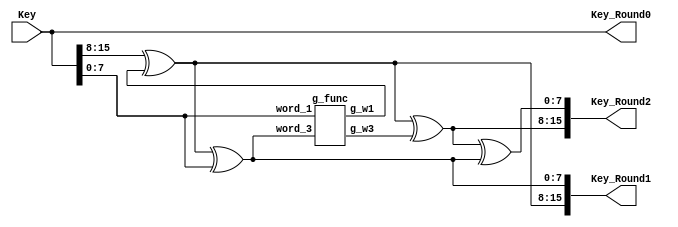
/////////////////////////////////
////////// Key_Expansion ////////
/////////////////////////////////


module Key_Expansion
(
  input      [15:0]    Key          ,

  output reg [15:0]    Key_Round0   ,
  output reg [15:0]    Key_Round1   ,
  output reg [15:0]    Key_Round2   

);

wire [7:0] g_w1   ;
wire [7:0] g_w3   ;

g_func  g_fun_Unit 
( 
  .word_1 (Key[7:0])            ,
  .word_3 (Key_Round1[7:0])     ,
  .g_w1   (g_w1)                ,
  .g_w3   (g_w3)   
);


always@(*)
begin 
 Key_Round0 = Key ;
 Key_Round1 = {Key[15:8]^g_w1 , Key[15:8]^g_w1^Key[7:0]} ;
 Key_Round2 = {Key_Round1[15:8]^g_w3 , Key_Round1[15:8]^g_w3^Key_Round1[7:0]}; 
end

endmodule


/////////////////////////////////
////////// g_Function ///////////
/////////////////////////////////

module g_func
(
  input  [7:0] word_1     ,
  input  [7:0] word_3     ,
  
  output [7:0] g_w1       ,
  output [7:0] g_w3    

);

wire [3:0] S_Box [15:0]    ;

////////// SBOX TABLE ///////////////
assign  S_Box [ 0 ] = 4'h9;
assign  S_Box [ 1 ] = 4'h4;
assign  S_Box [ 2 ] = 4'hA;
assign  S_Box [ 3 ] = 4'hB;
assign  S_Box [ 4 ] = 4'hD;
assign  S_Box [ 5 ] = 4'h1; 
assign  S_Box [ 6 ] = 4'h8;
assign  S_Box [ 7 ] = 4'h5;
assign  S_Box [ 8 ] = 4'h6;
assign  S_Box [ 9 ] = 4'h2;
assign  S_Box [10 ] = 4'h0;
assign  S_Box [11 ] = 4'h3;
assign  S_Box [12 ] = 4'hC;
assign  S_Box [13 ] = 4'hE;      
assign  S_Box [14 ] = 4'hF;
assign  S_Box [15 ] = 4'h7;
/////////////////////////////////////

assign g_w1 =  {S_Box[word_1[3:0]] , S_Box[word_1[7:4]]} ^ 8'b1000_0000 ;
assign g_w3 =  {S_Box[word_3[3:0]] , S_Box[word_3[7:4]]} ^ 8'b0011_0000 ;


endmodule